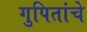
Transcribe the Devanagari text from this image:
गुपितांचे